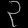
Digit: ၃